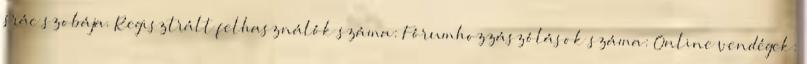
srác szobája. Regisztrált felhasználók száma: Fórumhozzászólások száma: Online vendégek: